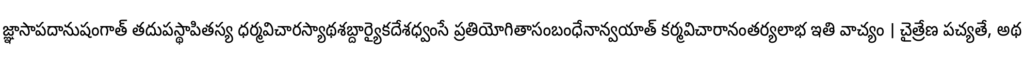
జ్ఞాసాపదానుషంగాత్ తదుపస్థాపితస్య ధర్మవిచారస్యాథశబ్దార్యైకదేశధ్వంసే ప్రతియోగితాసంబంధేనాన్వయాత్ కర్మవిచారానంతర్యలాభ ఇతి వాచ్యం । చైత్రేణ పచ్యతే, అథ